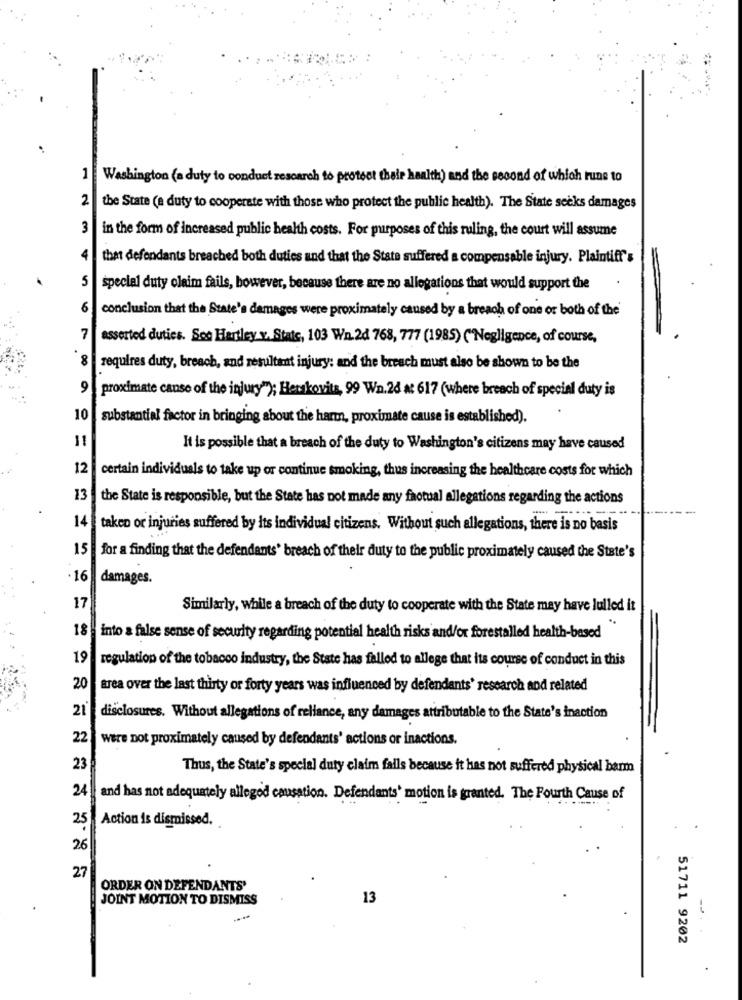
1
Washington (a duty to conduct research to protect their health) and the second of which runs to
2
the State (a duty to cooperate with those who protect the public health). The State secks damages
3
in the form of increased public health costs. For purposes of this ruling, the court will assume
4
that defendants breached both duties and that the State suffered a compensable injury. Plaintiff"s
5
special duty olaim fails, bowever, because there are no allegations that would support the
6
conclusion that the State's damages were proximately caused by a breach of one or both of the
7
asserted duties. Soc Hartley v. State, 103 Wn. 20 768, 777 (1985) ("Negligence, of course,
8
requires duty, breach, and resultant injury; and the breach must also be shown to be the
9
proximate canse of the injury"); Herskovita, 99 Wn.26 at 617 (where breach of special duty is
10
substantial factor in bringing about the harm, proximate cause is established).
11
It is possible that a breach of the duty to Washington's citizens may have caused
12
certain individuals to take up or continue smoking, thus increasing the healthcare costs for which
13
the State is responsible, but the State has not made any faotual allegations regarding the actions
14
taken or injuries suffered by its individual citizens. Without such allegations, there is no basis
15
for a finding that the defendants' breach of their duty to the public proximately caused the State's
16
damages.
17
Similarly, while a breach of the duty to cooperate with the State may have lulled it
18
into a false sense of security regarding potential health risks and/or forestalled health-based
19
regulation of the tobacco industry, the State has falled to allege that its course of conduct in this
20
area over the last thirty or forty years was influenced by defendants' research and related
21
disclosures. Without allegations of reliance, any damages attributable to the State's inaction
22
were not proximately caused by defendants' actions or inactions.
23
Thus, the State's special duty claim falls because it has not suffered physical barm
24
and has not adequately alleged causation. Defendants' motion is granted. The Fourth Cause of
25
Action is dismissed.
26
27
ORDER ON DEFENDANTS'
JOINT MOTION TO DISMISS
13
-
51711 9202